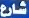
شارع